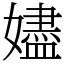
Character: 嬧